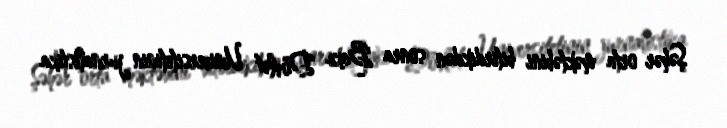
Şəhər orta məktəbini bitirdikdən sonra Bakı Dövlət Universitetinin jurnalistika